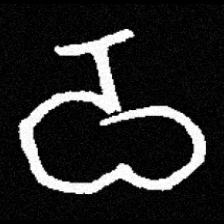
Pyu character \u2014 Myanmar letter: ဝ (romanized: wa)